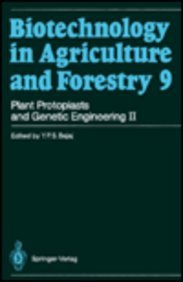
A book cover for Plant Protoplasts and Genetic Engineering II (Biotechnology in Agriculture and Forestry); Y. P. S. Bajaj; Health, Fitness & Dieting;